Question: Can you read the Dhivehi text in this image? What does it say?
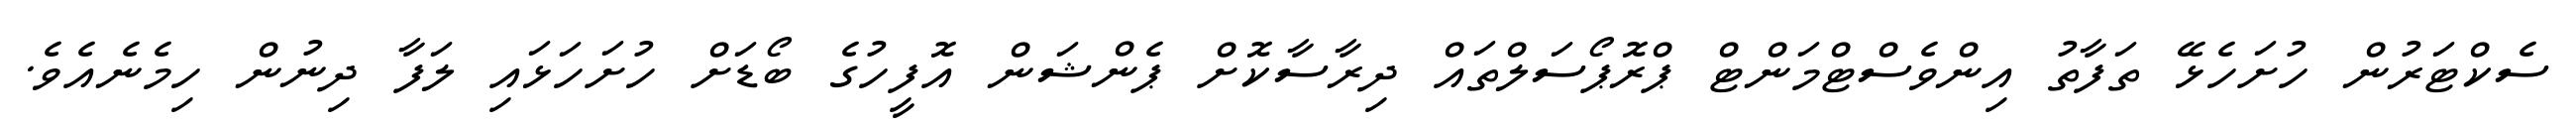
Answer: ސެކްޓަރުން ހުށަހެޅޭ ތަފާތު އިންވެސްޓްމަންޓް ޕްރޮޕޯސަލްތައް ދިރާސާކޮށް ޕެންޝަން އޮފީހުގެ ބޯޑަށް ހުށަހަޅައި ލަފާ ދިނުން ހިމެނެއެވެ.